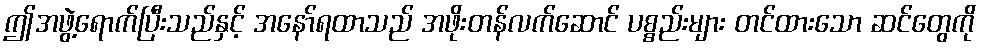
ဤအဖွဲ့ရောက်ပြီးသည်နှင့် အနော်ရထာသည် အဖိုးတန်လက်ဆောင် ပစ္စည်းများ တင်ထားသော ဆင်တွေကို